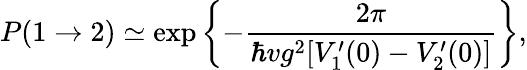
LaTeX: P(1\rightarrow 2)\simeq\exp\left\{ -{\frac{2\pi}{\hbar vg^{2}[V_{1}^{\prime}(0)-V_{2}^{\prime}(0)]}}\right\} ,